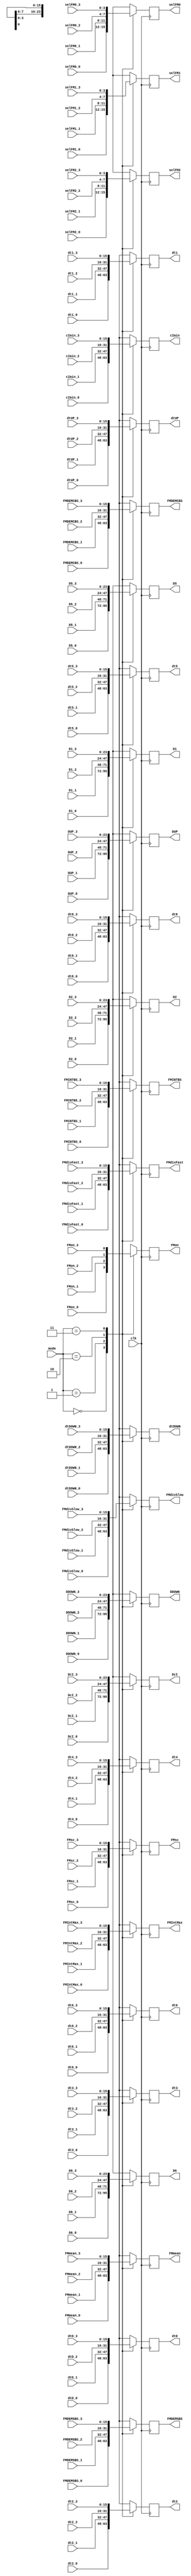
`timescale 1ns / 1ps // <simulation time step> / <simulation time step precision>
//////////////////////////////////////////////////////////////////////////////////
// Module assigns parameters for the FM_MOT states, selected from the touchscreen.
//
// Daniel Schussheim and Kurt Gibble
//////////////////////////////////////////////////////////////////////////////////


module FM_MOT_PARAM_ASSIGN#(parameter N_B = 16)(
    input wire clk,
    input wire [1:0] mode,
    // Input parameters (OFF, mode=0)
    input wire                  FMon_0,
    input wire        [N_B-1:0] FMdivFast_0, FMdivSlow_0, FMsc_0,
    input wire signed [N_B-1:0] FMmean_0,
    input wire        [N_B-1:0] dtD_0, dt1_0, dt2_0, dt3_0, dtUP_0, dtDOWN_0,
    input wire signed [23:0]    D1_0, D2_0, DUP_0, DDOWN_0,
    input wire signed [N_B-1:0] FMIntMax_0, dt4_0,
    input wire        [N_B-1:0] dt5_0, dt6_0,
    input wire signed [23:0]    D5_0, D6_0,
    input wire        [N_B-1:0] dt8_0, FMINTBS_0, FMDEMCBS_0, FMDEMSBS_0,
    input wire signed [N_B-1:0] cImin_0,
    input wire signed [23:0]    DcI_0,
    input wire        [3:0]     selFM0_0, selFM1_0, selFM2_0,
    // Input parameters (saturated absorption, mode=1)
    input wire                  FMon_1,
    input wire        [N_B-1:0] FMdivFast_1, FMdivSlow_1, FMsc_1,
    input wire signed [N_B-1:0] FMmean_1,
    input wire        [N_B-1:0] dtD_1, dt1_1, dt2_1, dt3_1, dtUP_1, dtDOWN_1,
    input wire signed [23:0]    D1_1, D2_1, DUP_1, DDOWN_1,
    input wire signed [N_B-1:0] FMIntMax_1, dt4_1,
    input wire        [N_B-1:0] dt5_1, dt6_1,
    input wire signed [23:0]    D5_1, D6_1,
    input wire        [N_B-1:0] dt8_1, FMINTBS_1, FMDEMCBS_1, FMDEMSBS_1,
    input wire signed [N_B-1:0] cImin_1,
    input wire signed [23:0]    DcI_1,
    input wire        [3:0]     selFM0_1, selFM1_1, selFM2_1,
    // Input parameters (326 FM MOT, mode=2)
    input wire                  FMon_2,
    input wire        [N_B-1:0] FMdivFast_2, FMdivSlow_2, FMsc_2,
    input wire signed [N_B-1:0] FMmean_2,
    input wire        [N_B-1:0] dtD_2, dt1_2, dt2_2, dt3_2, dtUP_2, dtDOWN_2,
    input wire signed [23:0]    D1_2, D2_2, DUP_2, DDOWN_2,
    input wire signed [N_B-1:0] FMIntMax_2, dt4_2,
    input wire        [N_B-1:0] dt5_2, dt6_2,
    input wire signed [23:0]    D5_2, D6_2,
    input wire        [N_B-1:0] dt8_2, FMINTBS_2, FMDEMCBS_2, FMDEMSBS_2,
    input wire signed [N_B-1:0] cImin_2,
    input wire signed [23:0]    DcI_2,
    input wire        [3:0]     selFM0_2, selFM1_2, selFM2_2,
    // Input parameters (361 MOT, mode=2)
    input wire                  FMon_3,
    input wire        [N_B-1:0] FMdivFast_3, FMdivSlow_3, FMsc_3,
    input wire signed [N_B-1:0] FMmean_3,
    input wire        [N_B-1:0] dtD_3, dt1_3, dt2_3, dt3_3, dtUP_3, dtDOWN_3,
    input wire signed [23:0]    D1_3, D2_3, DUP_3, DDOWN_3,
    input wire signed [N_B-1:0] FMIntMax_3, dt4_3,
    input wire        [N_B-1:0] dt5_3, dt6_3,
    input wire signed [23:0]    D5_3, D6_3,
    input wire        [N_B-1:0] dt8_3, FMINTBS_3, FMDEMCBS_3, FMDEMSBS_3,
    input wire signed [N_B-1:0] cImin_3,
    input wire signed [23:0]    DcI_3,
    input wire        [3:0]     selFM0_3, selFM1_3, selFM2_3,
    // Output parameters (to FM_MOT module)
    output reg                  FMon,
    output reg        [N_B-1:0] FMdivFast, FMdivSlow, FMsc,
    output reg signed [N_B-1:0] FMmean,
    output reg        [N_B-1:0] dtD, dt1, dt2, dt3, dtUP, dtDOWN,
    output reg signed [23:0]    D1, D2, DUP, DDOWN,
    output reg signed [N_B-1:0] FMIntMax, dt4,
    output reg        [N_B-1:0] dt5, dt6,
    output reg signed [23:0]    D5, D6,
    output reg        [N_B-1:0] dt8, FMINTBS, FMDEMCBS, FMDEMSBS,
    output reg signed [N_B-1:0] cImin,
    output reg signed [23:0]    DcI,
    output reg        [3:0]     selFM0, selFM1, selFM2
);

always @(posedge clk) begin
case (mode)
// OFF mode
0: begin
    FMdivFast <= FMdivFast_0;
    FMdivSlow <= FMdivSlow_0; 
    FMmean    <= FMmean_0;
    FMsc      <= FMsc_0;
    dtD       <= dtD_0;
    dt1       <= dt1_0;
    D1        <= D1_0;
    dt2       <= dt2_0;
    D2        <= D2_0;
    dt3       <= dt3_0;
    dtUP      <= dtUP_0;
    DUP       <= DUP_0;
    dtDOWN    <= dtDOWN_0;
    DDOWN     <= DDOWN_0;
    FMIntMax  <= FMIntMax_0;
    dt4       <= dt4_0;
    dt5       <= dt5_0;
    D5        <= D5_0; 
    dt6       <= dt6_0; 
    D6        <= D6_0; 
    dt8       <= dt8_0; 
    FMINTBS   <= FMINTBS_0; 
    FMDEMCBS  <= FMDEMCBS_0;
    FMDEMSBS  <= FMDEMSBS_0;
    cImin     <= cImin_0;
    DcI       <= DcI_0;
    FMon      <= FMon_0; 
    selFM0    <= selFM0_0; 
    selFM1    <= selFM1_0; 
    selFM2    <= selFM2_0; 
end
// Saturated absorption mode
1: begin
    FMdivFast <= FMdivFast_1;
    FMdivSlow <= FMdivSlow_1; 
    FMmean    <= FMmean_1;
    FMsc      <= FMsc_1;
    dtD       <= dtD_1;
    dt1       <= dt1_1;
    D1        <= D1_1;
    dt2       <= dt2_1;
    D2        <= D2_1;
    dt3       <= dt3_1;
    dtUP      <= dtUP_1;
    DUP       <= DUP_1;
    dtDOWN    <= dtDOWN_1;
    DDOWN     <= DDOWN_1;
    FMIntMax  <= FMIntMax_1;
    dt4       <= dt4_1;
    dt5       <= dt5_1;
    D5        <= D5_1; 
    dt6       <= dt6_1; 
    D6        <= D6_1; 
    dt8       <= dt8_1; 
    FMINTBS   <= FMINTBS_1; 
    FMDEMCBS  <= FMDEMCBS_1;
    FMDEMSBS  <= FMDEMSBS_1;
    cImin     <= cImin_1;
    DcI       <= DcI_1;
    FMon      <= FMon_1; 
    selFM0    <= selFM0_1; 
    selFM1    <= selFM1_1;
    selFM2    <= selFM2_1; 
end
// FM_MOT mode
2: begin
    FMdivFast <= FMdivFast_2;
    FMdivSlow <= FMdivSlow_2; 
    FMmean    <= FMmean_2;
    FMsc      <= FMsc_2;
    dtD       <= dtD_2;
    dt1       <= dt1_2;
    D1        <= D1_2;
    dt2       <= dt2_2;
    D2        <= D2_2;
    dt3       <= dt3_2;
    dtUP      <= dtUP_2;
    DUP       <= DUP_2;
    dtDOWN    <= dtDOWN_2;
    DDOWN     <= DDOWN_2;
    FMIntMax  <= FMIntMax_2;
    dt4       <= dt4_2;
    dt5       <= dt5_2;
    D5        <= D5_2; 
    dt6       <= dt6_2; 
    D6        <= D6_2; 
    dt8       <= dt8_2; 
    FMINTBS   <= FMINTBS_2; 
    FMDEMCBS  <= FMDEMCBS_2;
    FMDEMSBS  <= FMDEMSBS_2;
    cImin     <= cImin_2;
    DcI       <= DcI_2;
    FMon      <= FMon_2; 
    selFM0    <= selFM0_2; 
    selFM1    <= selFM1_2;
    selFM2    <= selFM2_2; 
end
// 361 MOT mode 
3: begin
    FMdivFast <= FMdivFast_3;
    FMdivSlow <= FMdivSlow_3; 
    FMmean    <= FMmean_3;
    FMsc      <= FMsc_3;
    dtD       <= dtD_3;
    dt1       <= dt1_3;
    D1        <= D1_3;
    dt2       <= dt2_3;
    D2        <= D2_3;
    dt3       <= dt3_3;
    dtUP      <= dtUP_3;
    DUP       <= DUP_3;
    dtDOWN    <= dtDOWN_3;
    DDOWN     <= DDOWN_3;
    FMIntMax  <= FMIntMax_3;
    dt4       <= dt4_3;
    dt5       <= dt5_3;
    D5        <= D5_3; 
    dt6       <= dt6_3; 
    D6        <= D6_3; 
    dt8       <= dt8_3; 
    FMINTBS   <= FMINTBS_3; 
    FMDEMCBS  <= FMDEMCBS_3;
    FMDEMSBS  <= FMDEMSBS_3;
    cImin     <= cImin_3;
    DcI       <= DcI_3;
    FMon      <= FMon_3; 
    selFM0    <= selFM0_3; 
    selFM1    <= selFM1_3;
    selFM2    <= selFM2_3; 
end
endcase

end

endmodule